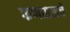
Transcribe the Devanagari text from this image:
फणसाडचे